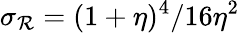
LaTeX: \sigma_{\mathcal{R}}=(1+\eta)^{4}/16\eta^{2}